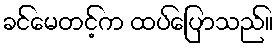
ခင်မေတင့်က ထပ်ပြောသည်။